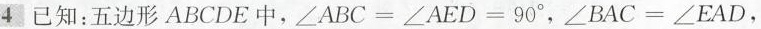
4 已知：五边形ABCDE中，$$\angle ABC=\angle AED=90^{\circ}$$, $$\angle BAC=\angle EAD$$，